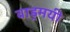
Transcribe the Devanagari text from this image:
वाड्रमयी